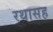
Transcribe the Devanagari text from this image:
रथासह